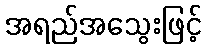
အရည်အသွေးဖြင့်